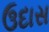
ઉદાસ